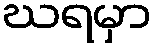
ဃရမှာ